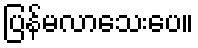
ပြန်မလာသေးပေ။